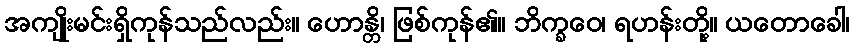
အကျိုးမင်းရှိကုန်သည်လည်း။ ဟောန္တိ၊ ဖြစ်ကုန်၏။ ဘိက္ခဝေ၊ ရဟန်းတို့။ ယတောခေါ၊